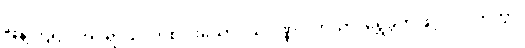
ဖြန့်ကြဲ၍။ အပရာယ၊ တစ်ပါးသော။ သုဝဏ္ဏပါတိယာ၊ ရွှေခွက်ဖြင့်။ ပိဒဟိတွာ၊